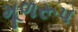
મૂળરૂપ